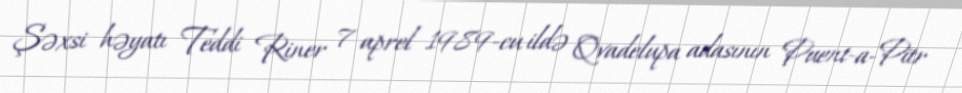
Şəxsi həyatı Teddi Riner 7 aprel 1989-cu ildə Qvadelupa adasının Puent-a-Pitr